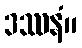
ဒဿနံ။